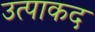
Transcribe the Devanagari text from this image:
उत्पाकद